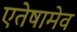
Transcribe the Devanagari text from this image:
एतेषामेव